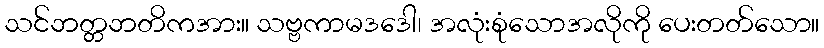
သင်ဘတ္တဘတိကအား။ သဗ္ဗကာမဒဒေါ၊ အလုံးစုံသောအလိုကို ပေးတတ်သော။